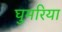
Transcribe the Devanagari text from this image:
घुमरिया